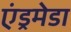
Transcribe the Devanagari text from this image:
एंड्रमेडा